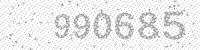
Solution: 990685